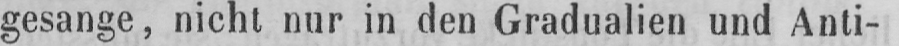
gesange, nicht nur in den Gradualien und Anti-